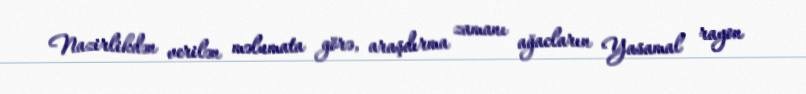
Nazirlikdən verilən məlumata görə, araşdırma zamanı ağacların Yasamal rayon